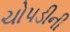
ચોપડીની